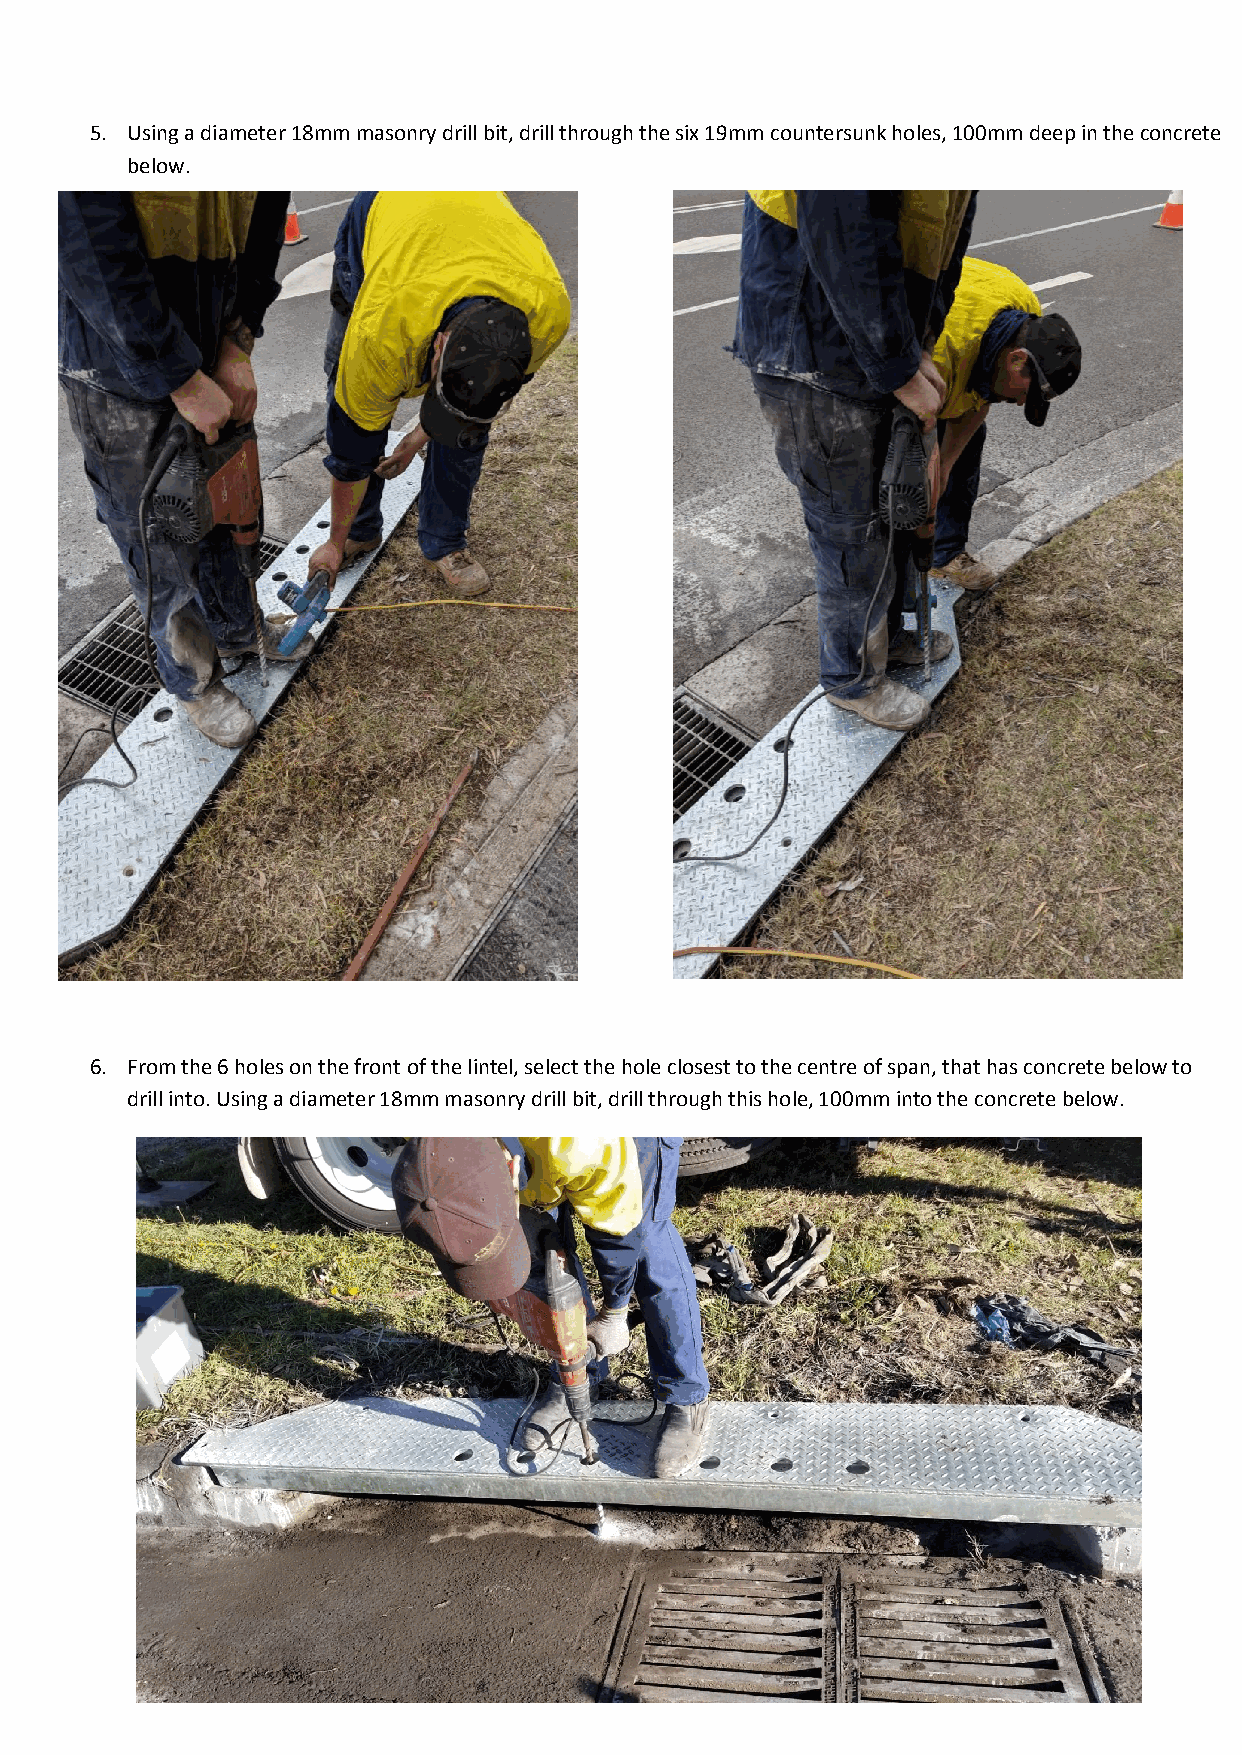
5. Using a diameter 18mm masonry drill bit, drill through the six 19mm countersunk holes, 100mm deep in the concrete
 below.
 6. From the 6 holes on the front of the lintel, select the hole closest to the centre of span, that has concrete below to
 drill into. Using a diameter 18mm masonry drill bit, drill through this hole, 100mm into the concrete below.